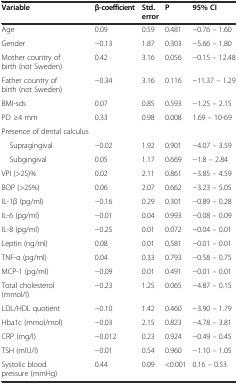
| Variable | β-coefficient | Std. error | P | 95% CI |
 | --- | --- | --- | --- | --- |
 | Age | 0.09 | 0.59 | 0.481 | −0.76 – 1.60 |
 | Gender | −0.13 | 1.87 | 0.303 | −5.66 – 1.80 |
 | Mother country of birth (not Sweden) | 0.42 | 3.16 | 0.056 | −0.15 – 12.48 |
 | Father country of birth (not Sweden) | −0.34 | 3.16 | 0.116 | −11.37 – 1.29 |
 | BMI-sds | 0.07 | 0.85 | 0.593 | −1.25 – 2.15 |
 | PD ≥4 mm | 0.33 | 0.98 | 0.008 | 1.69 – 10-69 |
 | Presence of dental calculus |  |  |  |  |
 | Supragingival | −0.02 | 1.92 | 0.901 | −4.07 – 3.59 |
 | Subgingival | 0.05 | 1.17 | 0.669 | −1.8 – 2.84 |
 | VPI (>25)% | 0.02 | 2.11 | 0.861 | −3.85 – 4.59 |
 | BOP (>25%) | 0.06 | 2.07 | 0.662 | −3.23 – 5.05 |
 | IL-1β (pg/ml) | −0.16 | 0.29 | 0.301 | −0.89 – 0.28 |
 | IL-6 (pg/ml) | −0.01 | 0.04 | 0.993 | −0.08 – 0.09 |
 | IL-8 (pg/ml) | −0.25 | 0.01 | 0.072 | −0.04 – 0.01 |
 | Leptin (ng/ml) | 0.08 | 0.01 | 0.581 | −0.01 – 0.01 |
 | TNF-α (pg/ml) | 0.04 | 0.33 | 0.793 | −0.58 – 0.75 |
 | MCP-1 (pg/ml) | −0.09 | 0.01 | 0.491 | −0.01 – 0.01 |
 | Total cholesterol (mmol/l) | −0.23 | 1.25 | 0.065 | −4.87 – 0.15 |
 | LDL/HDL quotient | −0.10 | 1.42 | 0.460 | −3.90 – 1.79 |
 | Hba1c (mmol/mol) | −0.03 | 2.15 | 0.823 | −4.78 – 3.81 |
 | CRP (mg/l) | −0.012 | 0.23 | 0.924 | −0.49 – 0.45 |
 | TSH (mlU/l) | −0.01 | 0.54 | 0.960 | −1.10 – 1.05 |
 | Systolic blood pressure (mmHg) | 0.44 | 0.09 | <0.001 | 0.16 – 0.53 |